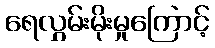
ရေလွှမ်းမိုးမှုကြောင့်